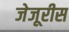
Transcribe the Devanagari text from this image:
जेजूरीस